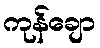
ကုန်ချော